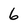
Character: 6